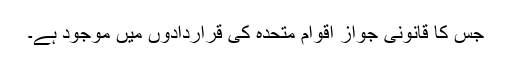
جس کا قانونی جواز اقوام متحدہ کی قراردادوں میں موجود ہے۔